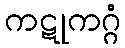
ကဋုကဂ္ဂံ